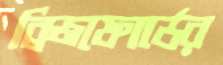
ব্রিজফোর্ডের